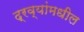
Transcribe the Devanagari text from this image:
द्रव्यांमधील